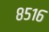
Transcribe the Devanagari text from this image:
८५१६